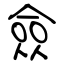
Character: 僉